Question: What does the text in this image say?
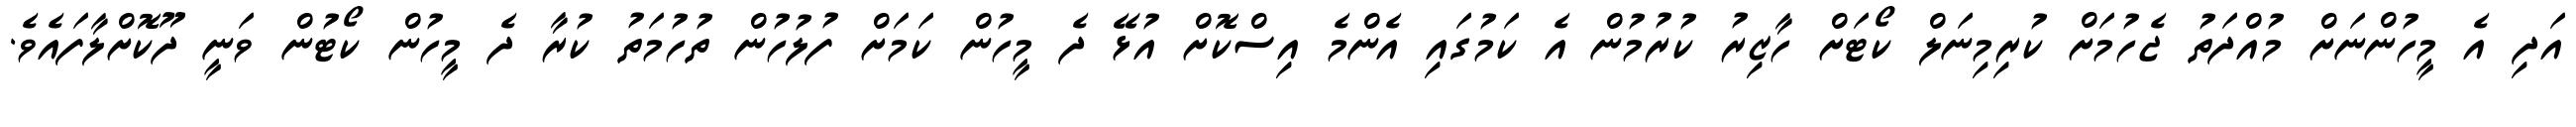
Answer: އަދި އެ މީހުންނަށް މުއްދަތު ޖެހުމަށް ކުރިމިނަލް ކޯޓަށް ހާޒިރު ކުރުމުން އެ ކަމުގައި އެންމެ އިސްކޮށް އުޅޭ ދެ މީހުން ކަމަށް ފުލުހުން ތުހުމަތު ކުރާ ދެ މީހުން ކޯޓުން ވަނީ ދޫކޮށްލާފައެވެ.